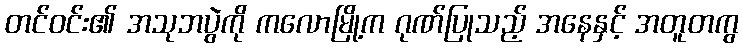
တင်ဝင်း၏ အသုဘပွဲကို ကလောမြို့က ဂုဏ်ပြုသည့် အနေနှင့် အတူတကွ